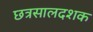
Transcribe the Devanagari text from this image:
छत्रसालदशक